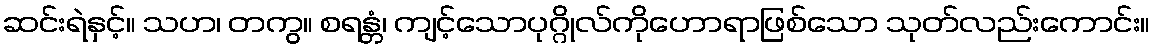
ဆင်းရဲနှင့်။ သဟ၊ တကွ။ စရန္တံ၊ ကျင့်သောပုဂ္ဂိုလ်ကိုဟောရာဖြစ်သော သုတ်လည်းကောင်း။